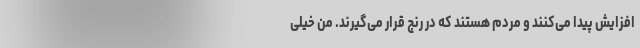
افزایش پیدا می‌کنند و مردم هستند که در رنج قرار می‌گیرند. من خیلی